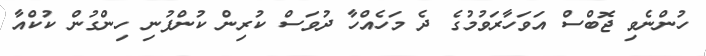
ހުންނެވި ޖޮބްސް އަވަހާރަވުމުގެ ދެ މަހެއްހާ ދުވަސް ކުރިން ކުންފުނި ހިންގުން ކުކްއާ